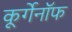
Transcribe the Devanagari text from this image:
कूर्गेनॉफ